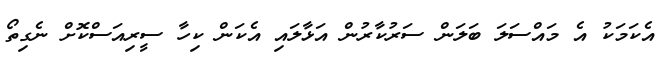
އެކަމަކު އެ މައްސަލަ ބަލަން ސަރުކާރުން އަޅާލައި އެކަން ކިހާ ސީރިއަސްކޮށް ނެގިތޯ